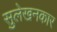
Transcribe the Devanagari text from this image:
सुलेखनकार